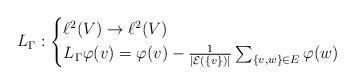
LaTeX: \begin{align*}L_{\Gamma}:\begin{cases} \ell^{2}(V)\rightarrow \ell^2(V) \\ L_\Gamma\varphi(v) = \varphi(v) - \frac{1}{|\mathcal{E}(\{v\})|}\sum_{\{v,w\} \in E}\varphi(w) \end{cases}\end{align*}